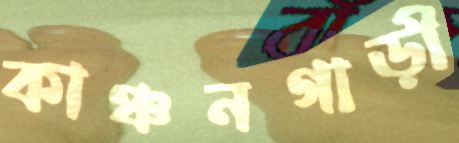
কাঞ্চনগাড়ী